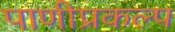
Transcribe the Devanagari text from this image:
पाणीप्रकल्प